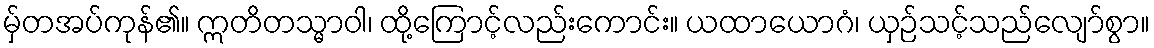
မှ်တအပ်ကုန်၏။ ဣတိတသ္မာဝါ၊ ထို့ကြောင့်လည်းကောင်း။ ယထာယောဂံ၊ ယှဉ်သင့်သည်လျော်စွာ။